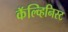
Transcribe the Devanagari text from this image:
कॅल्व्हिनिस्ट